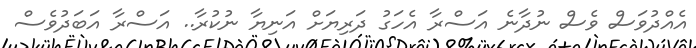
އެއްދުވަސް ވެސް ނުދާނެ އަސްރާ އެހަގު ދަރިޔަށް އަނިޔާ ނުކުރާ.. އަސްރާ އަބަދުވެސް